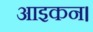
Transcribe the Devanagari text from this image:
आइकन।